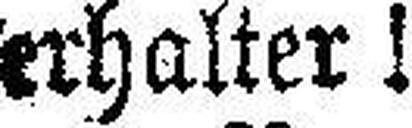
erhalter!